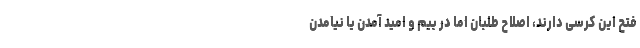
فتح این کرسی دارند، اصلاح طلبان اما در بیم و امید آمدن یا نیامدن